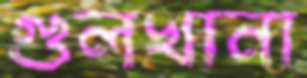
গুলখানা